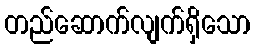
တည်ဆောက်လျက်ရှိသော